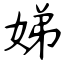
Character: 娣